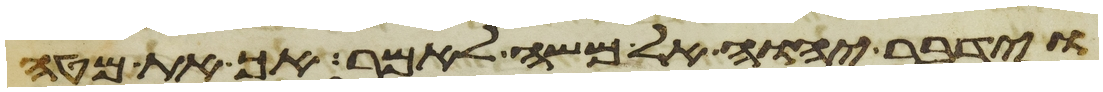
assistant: וידבר יהוה אל משה לאמר אך את מטה